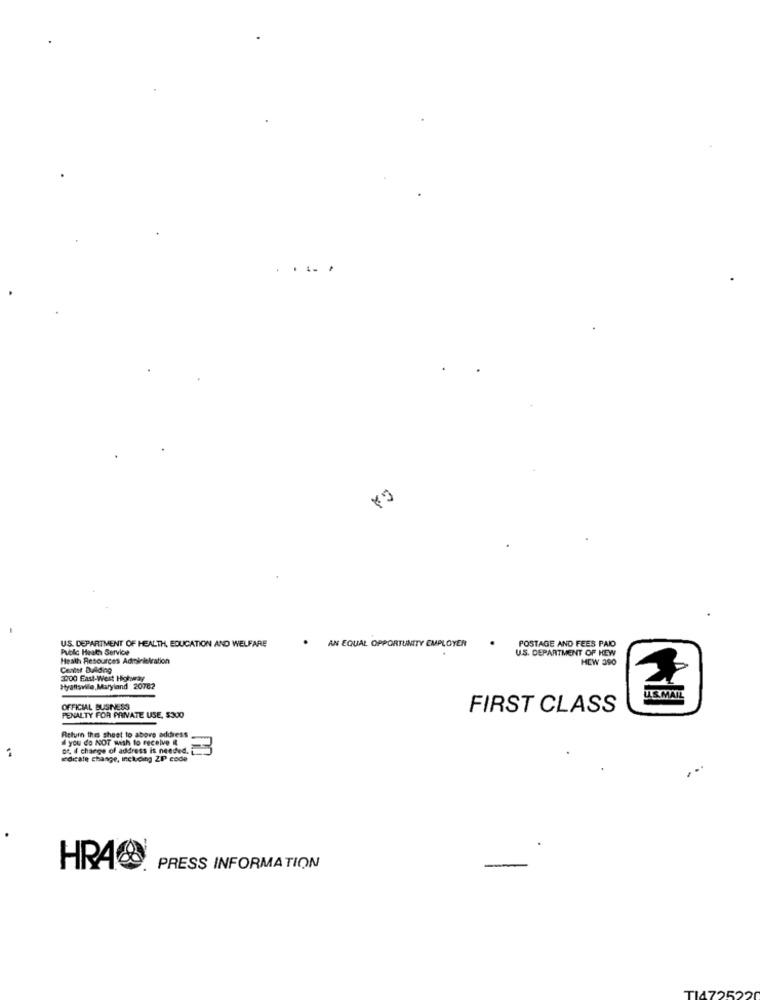
. ... .
GA
US. DEPARTMENT OF HEALTH, EDUCATION AND WELFARE
Public Health Service
. AN EQUAL OPPORTUNITY EMPLOYER
POSTAGE AND FEES PAIO
U.S. DEPARTMENT OF NEW
Heath Resources Administration
HEW 390
Center D.Ading
Hyaliswile, Maryland 20762
U.S.MAIL
OFFICIAL BUSNESS
FIRST CLASS
PENALTY FOR PRIVATE USE, $300
Return this sheet to above address
d you do NOT wish to receive it
..
or, I change of address is needed.
edicale change, including ZP code
HRA
PRESS INFORMATION